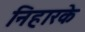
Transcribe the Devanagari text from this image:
निहारके